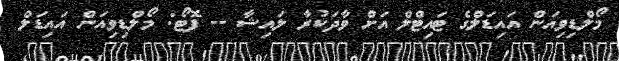
މޯލްޑިވިއަން އައިޑަލްގެ ޓައިޓްލް އަށް ވާދަކުރާ ލައިޝާ -- ފޮޓޯ: މޯލްޑިވިއަން އައިޑަލް